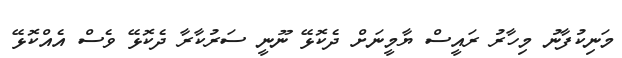
މަނިކުފާނު މިހާރު ރައީސް ޔާމީނަށް ދެކޮޅޭ ނޫނީ ސަރުކާރާ ދެކޮޅޭ ވެސް އެއްކޮޅޭ